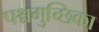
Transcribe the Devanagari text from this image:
पश्चगुच्छिका